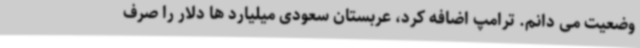
وضعیت می دانم. ترامپ اضافه کرد، عربستان سعودی میلیارد ها دلار را صرف